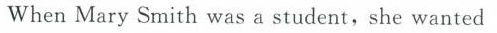
When Mary Smith was a student,she wanted